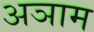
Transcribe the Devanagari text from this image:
अञाम